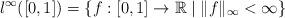
LaTeX: \begin{align*} l^\infty([0, 1]) = \{f:[0, 1] \to \mathbb{R} \mid \|f\|_\infty < \infty\} \end{align*}